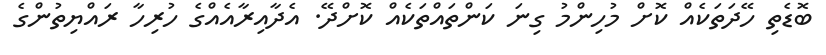
ބޮޑެތި ހޭދަތަކެއް ކޮށް މުހިންމު ގިނަ ކަންތައްތަކެއް ކޮށްދޭ. އެދާއިރާއެއްގެ ހުރިހާ ރައްޔިތުންގެ